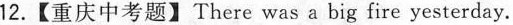
12.【重庆中考题】There was a big fire yesterday.